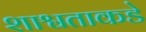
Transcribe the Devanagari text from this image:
शाश्वताकडे